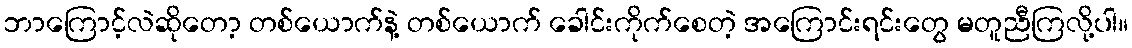
ဘာကြောင့်လဲဆိုတော့ တစ်ယောက်နဲ့ တစ်ယောက် ခေါင်းကိုက်စေတဲ့ အကြောင်းရင်းတွေ မတူညီကြလို့ပါ။